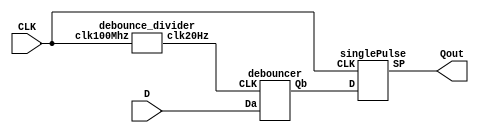
module synchSP(CLK, D, Qout);
    input CLK, D;
    output Qout;
    wire Qint;

    debounce_divider dbdiv(CLK, db_clk);
    debouncer db(db_clk, D, Qint);
    singlePulse sp(CLK, Qint, Qout);

endmodule

module debouncer(CLK, Da, Qb);
    input CLK, Da;
    output Qb;
    reg Qa, Qb;
    wire Db = Qa;

    always @(posedge CLK) begin
        Qa <= Da;
        Qb <= Db;
    end
endmodule

module singlePulse(CLK, D, SP);
     input CLK, D;
     output SP;
     reg Q;
     assign Qn = ~Q;
     assign SP = D & Qn;

     always @(posedge CLK) begin
         Q <= D;
     end
endmodule

module debounce_divider(clk100Mhz, clk20Hz);
    input clk100Mhz; //fast clock
    output reg clk20Hz; //slow clock

    reg[21:0] counter;

    initial begin
      counter = 0;
      clk20Hz = 0;
    end

    always @ (posedge clk100Mhz)
    begin
      if(counter == 22'd2500000) begin
        counter <= 1;
        clk20Hz <= ~clk20Hz;
      end
      else begin
        counter <= counter + 1;
      end
    end
endmodule